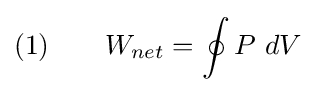
{\text{(1)}}\qquad W_{net}=\oint P\ dV